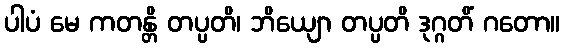
ပါပံ မေ ကတန္တိ တပ္ပတိ၊ ဘိယျော တပ္ပတိ ဒုဂ္ဂတိံ ဂတော။